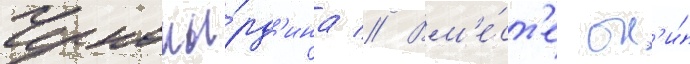
Черномы́рд'ина // Вм'е́ст'е он'и́